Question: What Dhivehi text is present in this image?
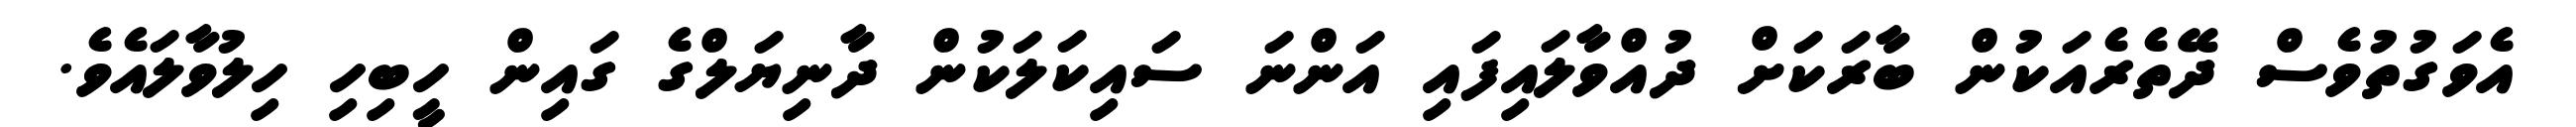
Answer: އެވަގުތުވެސް ދޭތެރެއަކުން ބާރަކަށް ދުއްވާލައިފައި އަންނަ ސައިކަލަކުން ދާނިޔަލްގެ ގައިން ހީބިހި ހިލުވާލައެވެ.